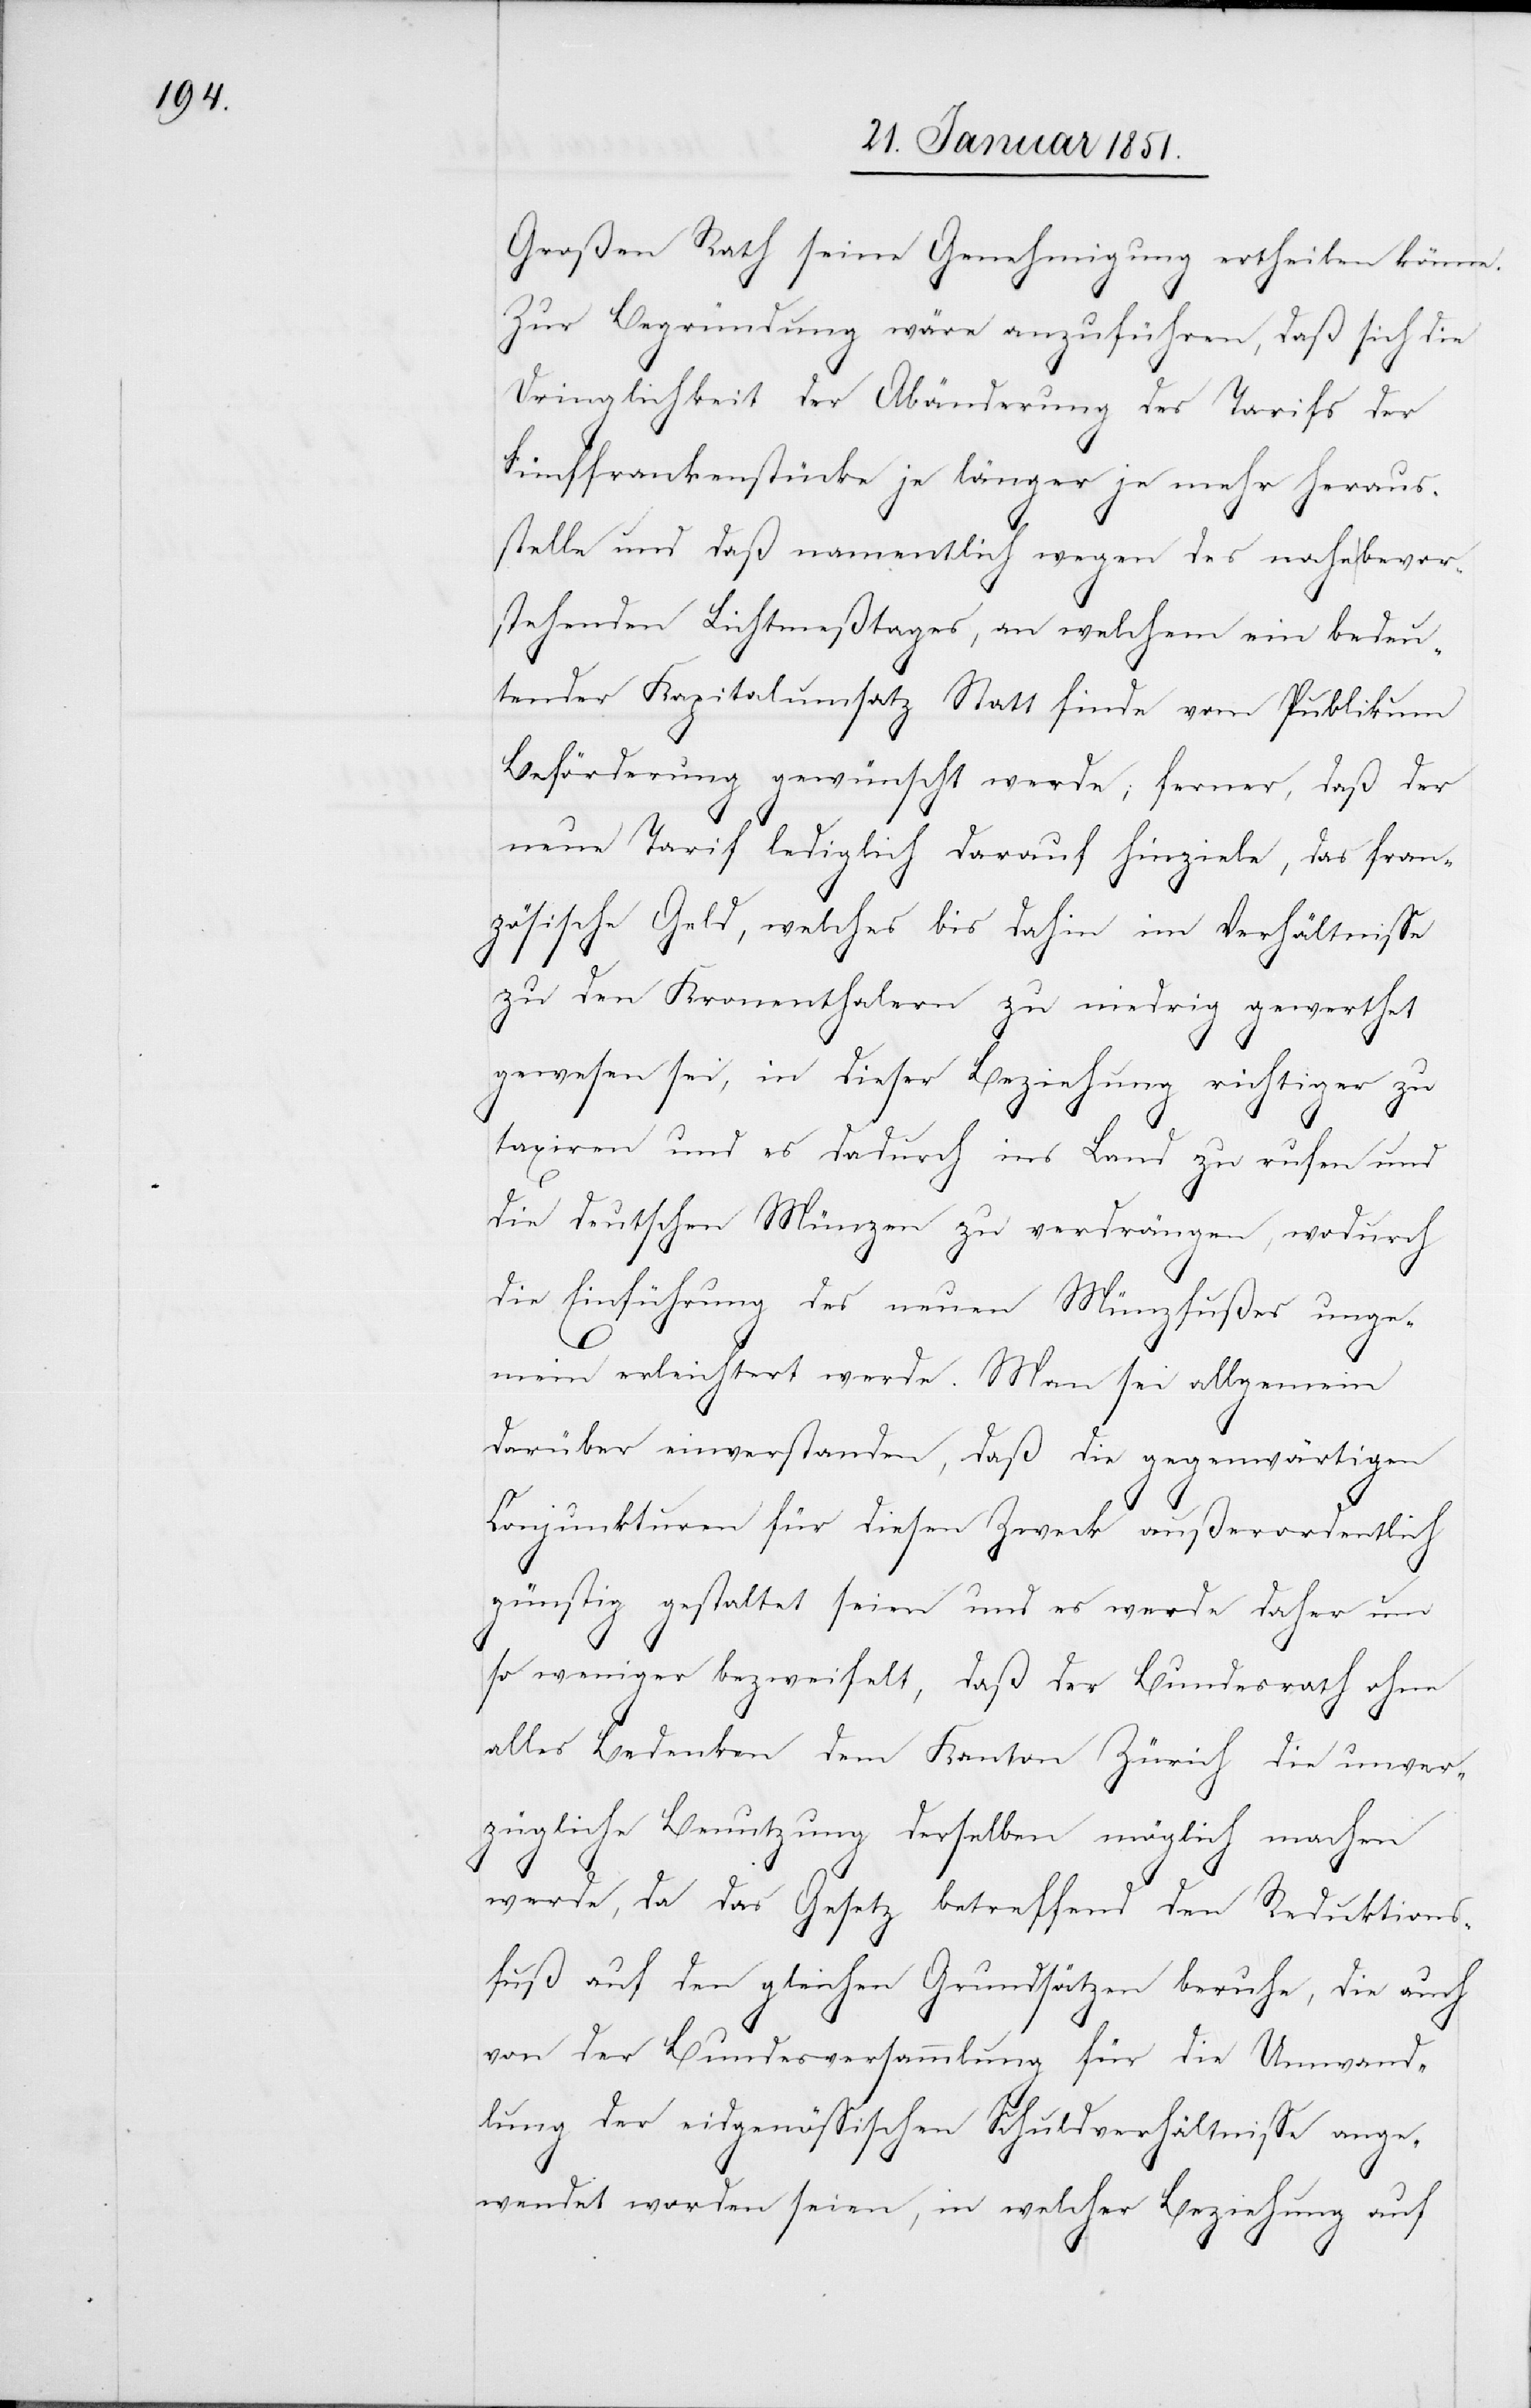
Großen Rath seine Genehmigung ertheilen könne.
Zur Begründung wäre anzuführen, daß sich die
Dringlichkeit der Abänderung des Tarifs der
Fünffrankenstücke je länger je mehr heraus¬
stelle und daß namentlich wegen des nahe bevor¬
stehenden Lichtmeßtages, an welchem ein bedeu¬
tender Kapitalumsatz Statt finde vom Publikum
Beförderung gewünscht werde; ferner, daß der
neue Tarif lediglich darauf hinziele, das fran¬
zösische Geld, welches bis dahin im Verhältnisse
zu den Kronenthalern zu niedrig gewerthet
gewesen sei, in dieser Beziehung richtiger zu
taxiren und es dadurch ins Land zu rufen und
die deutschen Münzen zu verdrängen, wodurch
die Einführung des neuen Münzfußes unge¬
mein erleichtert werde. Man sei allgemein
darüber einverstanden, daß die gegenwärtigen
Conjunkturen für diesen Zweck außerordentlich
günstig gestaltet seien und es werde daher um
so weniger bezweifelt, daß der Bundesrath ohne
alles Bedenken dem Kanton Zürich die unver¬
zügliche Benutzung derselben möglich machen
werde, da das Gesetz betreffend den Reduktions¬
fuß auf den gleichen Grundsätzen beruhe, die auch
von der Bundesversammlung für die Umwand¬
lung der eidgenössischen Schuldverhältnisse ange¬
wendet worden seien, in welcher Beziehung auf